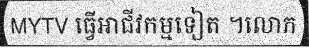
MYTV ធ្វើអាជីវកម្មទៀត ។លោក